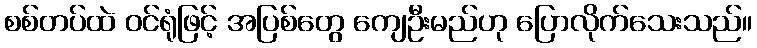
စစ်တပ်ထဲ ဝင်ရုံဖြင့် အပြစ်တွေ ကျေဦးမည်ဟု ပြောလိုက်သေးသည်။